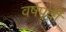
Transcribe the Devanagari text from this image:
वर्षपूर्वी